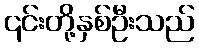
၎င်းတို့နှစ်ဦးသည်